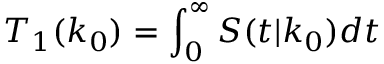
T _ { 1 } ( k _ { 0 } ) = \int _ { 0 } ^ { \infty } S ( t | k _ { 0 } ) d t